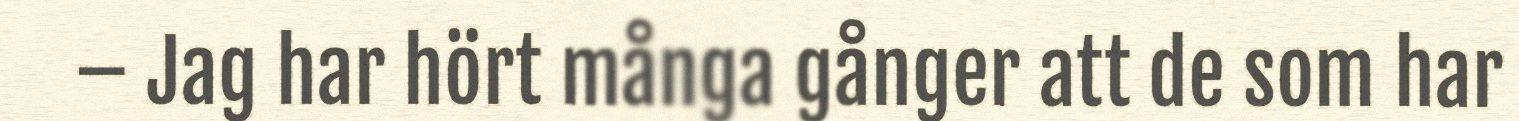
– Jag har hört många gånger att de som har